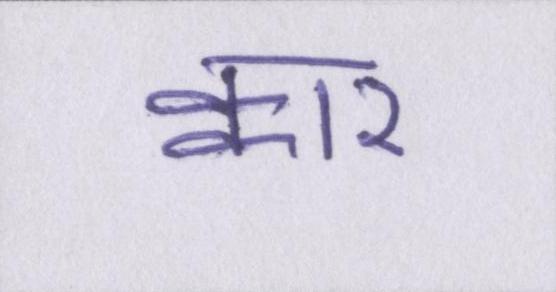
क्वार